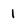
Character: 1